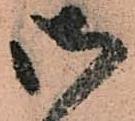
御